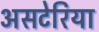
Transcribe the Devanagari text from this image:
असटेरिया